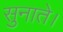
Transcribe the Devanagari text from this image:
सुनाते।